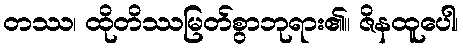
တဿ၊ ထိုတိဿမြတ်စွာဘုရား၏။ ဇိနထူပေါ၊